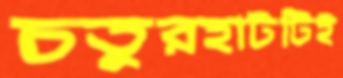
চতুরহাটটিই